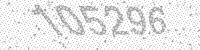
Solution: 105296